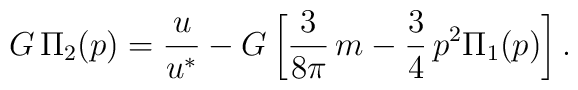
G\,\Pi_2 (p) = \frac{u}{u^*}-G\left[\frac{3}{8\pi}\,m-\frac{3}{4}\,p^2 \Pi_1 (p)\right].